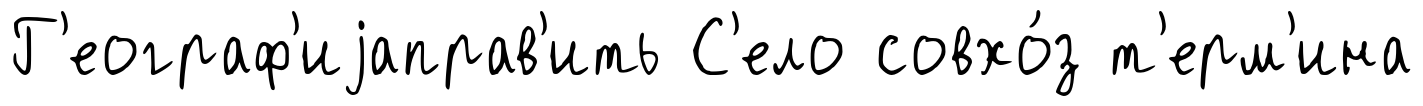
Г'еограф'иjаправ'ить С'ело совхо́з т'ерм'ина